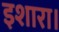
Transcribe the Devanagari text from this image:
इशारा।